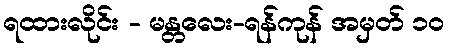
ရထားလိုင်း - မန္တလေး-ရန်ကုန် အမှတ် ၁၀